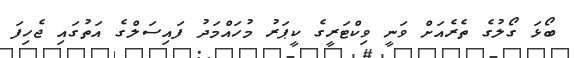
ބޯޅަ ގޯލުގެ ތެރެއަށް ވަނީ ވިކްޓަރީގެ ކީޕަރު މުހައްމަދު ފައިސަލްގެ އަތުގައި ޖެހިފަ